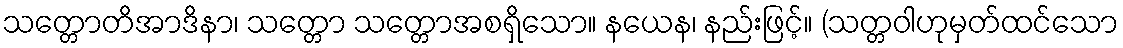
သတ္တောတိအာဒိနာ၊ သတ္တော သတ္တောအစရှိသော။ နယေန၊ နည်းဖြင့်။ (သတ္တဝါဟုမှတ်ထင်သော